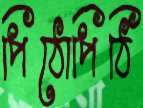
পিঠোপিঠি